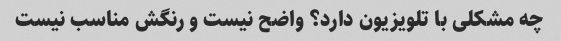
چه مشکلی با تلویزیون دارد؟ واضح نیست و رنگش مناسب نیست